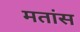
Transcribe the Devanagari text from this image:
मतांस